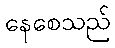
နေစေသည်